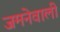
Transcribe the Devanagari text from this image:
जमनेवाली